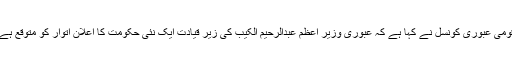
قومی عبوری کونسل نے کہا ہے کہ عبوری وزیر اعظم عبدالرحیم الکیب کی زیر قیادت ایک نئی حکومت کا اعلان اتوار کو متوقع ہے۔